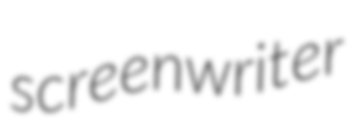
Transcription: screenwriter